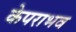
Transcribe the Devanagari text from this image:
केपराभव